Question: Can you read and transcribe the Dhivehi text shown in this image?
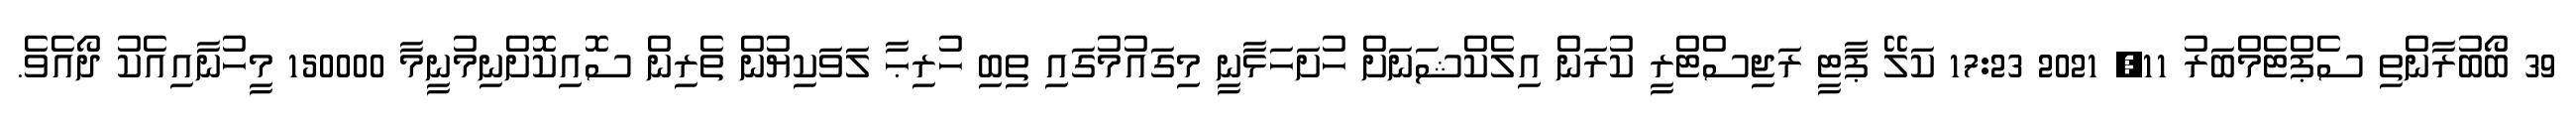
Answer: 39 ބޯބުރާންތި ސެޕްޓެމްބަރު 11, 2021 17:23 ކަލޭ ޕާޓީ ރަޖިސްޓްރީ ކުރަން އިލެކްޝަނަށް ހުށަހަޅާނީ މިގައުމުގައި ތިބި ހުރިޙާ ލަވަކިޔުން ތެރިން ސޮއިކޮށްނިމުނީމާ 150000 މީހުނާއިއެކު ދޯއެވެ.